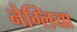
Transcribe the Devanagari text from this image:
नेग्लिया